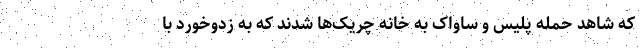
که شاهد حمله پلیس و ساواک به خانه‌ چریک‌ها شدند که به زدوخورد با